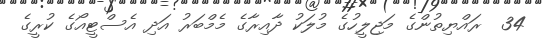
34  ރައްޔިތުންގެ މަޖިލީހުގެ މުލަކު ދާއިރާގެ މެމްބަރު އަދި އެސްޓީއޯގެ ކުރީގެ